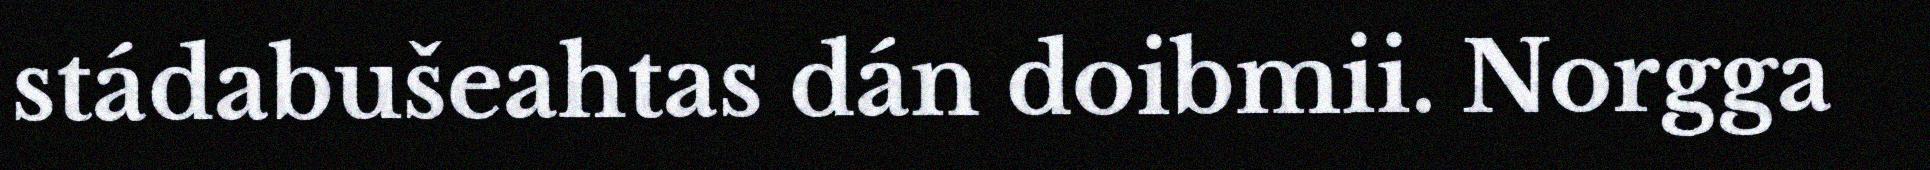
stádabušeahtas dán doibmii. Norgga